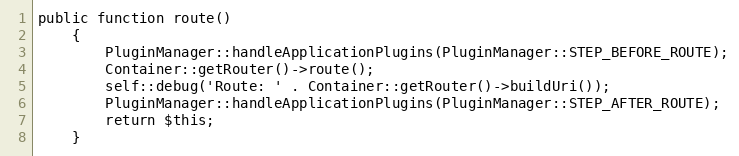
Language: PHP
public function route()
    {
        PluginManager::handleApplicationPlugins(PluginManager::STEP_BEFORE_ROUTE);
        Container::getRouter()->route();
        self::debug('Route: ' . Container::getRouter()->buildUri());
        PluginManager::handleApplicationPlugins(PluginManager::STEP_AFTER_ROUTE);
        return $this;
    }